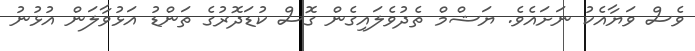
ވެސް ވަޔާއެކު ނަށައެވެ. ޔަޝްމް ތެދުވެލައިގެން ގޮސް ކުޑަދޮރުގެ ތަންޑު އަޅުވާލަން އުޅުނު